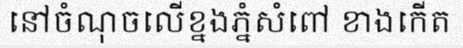
នៅចំណុចលើខ្នងភ្នំសំពៅ ខាងកើត